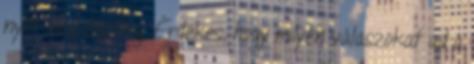
nyílt meg előzőleg. Érdekes, hogy milyen válaszokat ad a